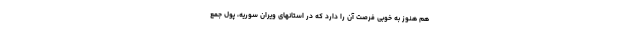
هم هنوز به خوبی فرصت آن را دارد که در استانهای ویران سوریه، پول جمع